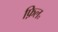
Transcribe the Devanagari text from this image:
फ़िल॰